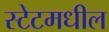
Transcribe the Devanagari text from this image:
स्टेटमधील